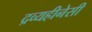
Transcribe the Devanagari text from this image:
द्रव्यहीनेसी